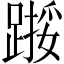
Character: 𫏙